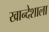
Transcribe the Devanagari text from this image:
खान्देशाला